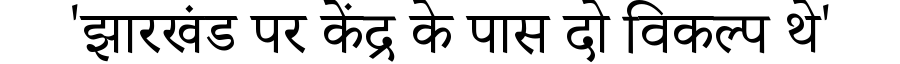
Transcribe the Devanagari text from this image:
'झारखंड पर केंद्र के पास दो विकल्प थे'